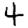
Digit: 4